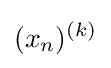
(x_{n})^{(k)}